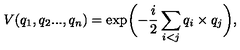
V ( q _ { 1 } , q _ { 2 } . . . , q _ { n } ) = \exp \biggl ( - \frac { i } { 2 } \sum _ { i < j } q _ { i } \times q _ { j } \biggr ) ,